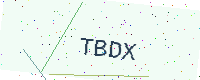
Text: TBDX